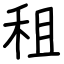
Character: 租